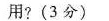
用?(3分)